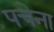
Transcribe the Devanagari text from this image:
पचेना